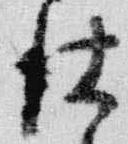
仕